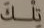
تلك